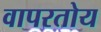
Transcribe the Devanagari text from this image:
वापरतोय